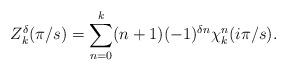
LaTeX: \begin{align*}Z_k^{\delta}(\pi/s) = \sum_{n=0}^k (n+1) (-1)^{\delta n} \chi_k^n(i \pi / s).\end{align*}